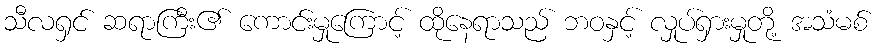
သီလရှင် ဆရာကြီး၏ ကောင်းမှုကြောင့် ထိုနေရာသည် ဘဝနှင့် လှုပ်ရှားမှုတို့ အသံမစ်